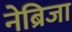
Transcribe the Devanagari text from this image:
नेब्रिजा